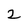
Character: z